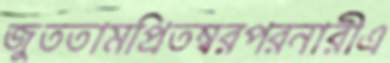
জুততামপ্রিতম্বরপরনারীএ